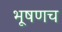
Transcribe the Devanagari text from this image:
भूषणच